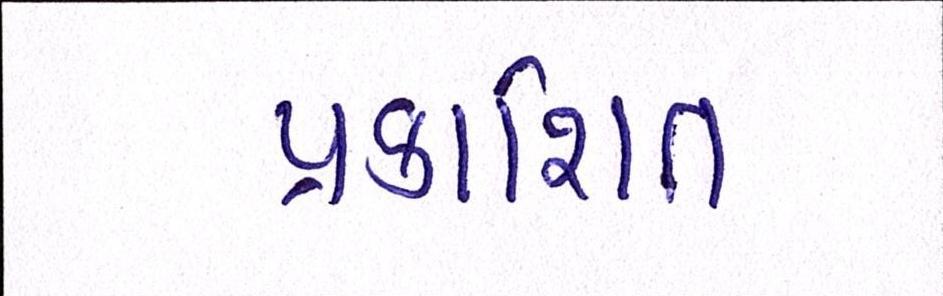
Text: પ્રકાશિત